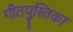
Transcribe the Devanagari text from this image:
गीतपुस्तिका